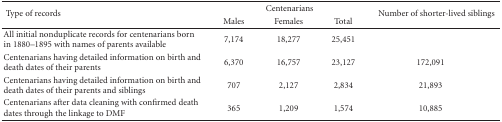
<table><thead><tr><td rowspan="2"><b> Type of records</b></td><td colspan="3"><b>Centenarians</b></td><td rowspan="2"><b>Number of shorter-lived siblings</b></td></tr><tr><td><b>Males</b></td><td><b>Females</b></td><td><b>Total</b></td></tr></thead><tbody><tr><td>All initial nonduplicate records for centenarians born in 1880–1895 with names of parents available</td><td>7,174</td><td>18,277</td><td>25,451</td><td></td></tr><tr><td>Centenarians having detailed information on birth and death dates of their parents</td><td>6,370</td><td>16,757</td><td>23,127</td><td>172,091</td></tr><tr><td>Centenarians having detailed information on birth and death dates of their parents and siblings</td><td>707</td><td>2,127</td><td>2,834</td><td>21,893</td></tr><tr><td>Centenarians after data cleaning with confirmed death dates through the linkage to DMF</td><td>365</td><td>1,209</td><td>1,574</td><td>10,885</td></tr></tbody></table>